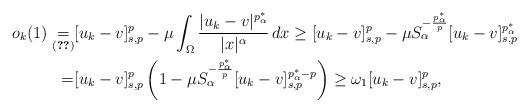
LaTeX: \begin{align*}o_k(1) \underset{\eqref{pscomau}}{=}&[u_k-v]_{s,p}^p-\mu\int_\Omega \frac{|u_k-v|^{p^*_\alpha}}{|x|^{\alpha}}\, dx \geq [u_k-v]_{s,p}^p-\mu S_\alpha^{-\frac{p^*_\alpha}{p}}[u_k-v]_{s,p}^{p^*_\alpha}\\ =& [u_k-v]_{s,p}^p\left(1-\mu S_\alpha^{-\frac{p^*_\alpha}{p}}[u_k-v]_{s,p}^{p^*_\alpha-p}\right)\geq \omega_1[u_k-v]_{s,p}^p,\end{align*}